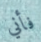
فأني